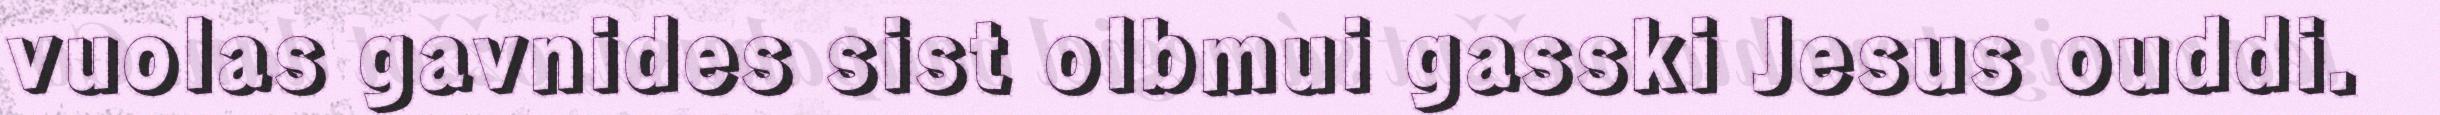
vuolas gavnides sist olbmui gasski Jesus ouddi.